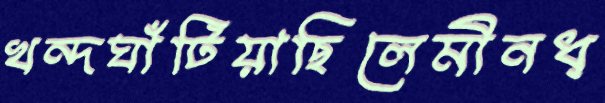
খন্দঘাঁটিয়াছিলেমীনধ্